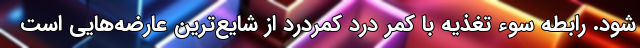
شود. رابطه سوء ‌تغذیه با کمر درد کمردرد از شایع‌ترین عارضه‌هایی است